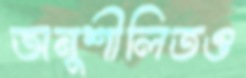
অনুশীলিতও